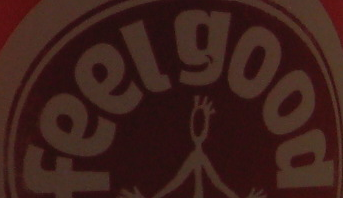
feelgood